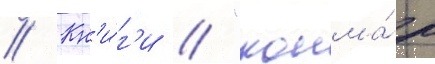
// Кн'и́г'и // "кошма́р